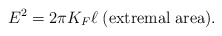
\begin{align*}E^2=2\pi K_F\ell\;{\rm (extremal\;area)}.\end{align*}